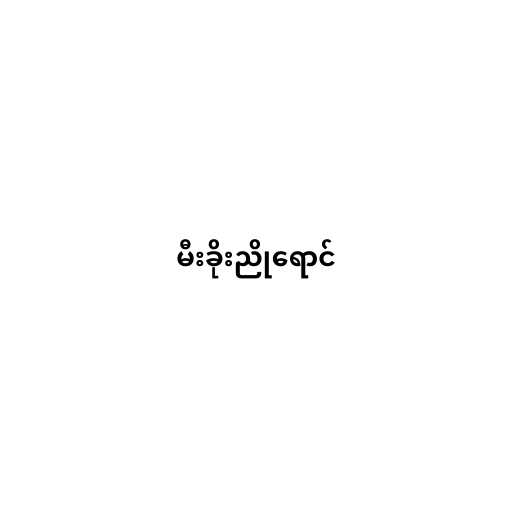
မီးခိုးညိုရောင်